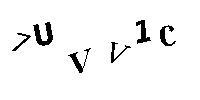
7UVV1C